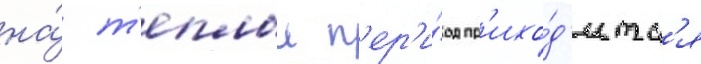
на́ т'еплыи п'ер'и́од пр'ихо́д'итс'я